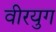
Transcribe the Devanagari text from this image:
वीरयुग